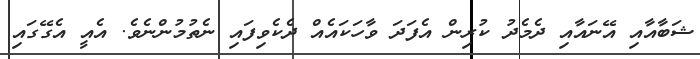
ޝަބާއާއި އޭނައާއި ދެމެދު ކުރިން އެފަދަ ވާހަކައެއް ދެކެވިފައި ނެތުމުންނެވެ. އެއީ އެގޭގައި